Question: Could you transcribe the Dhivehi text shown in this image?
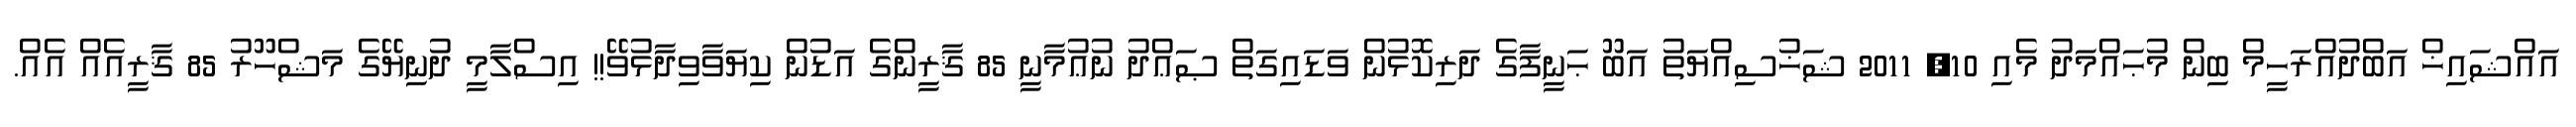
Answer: އައްޝައިޚް އަބްދުއްރަހީމް ބިން މުޙައްމަދު މެއި 10, 2011 ޝަޚުސިއްޔަތު އަބޫ ޙަނީފާގެ ދަރިކޮޅުން ވަޑައިގަތް ޞަޢްދު ނުޢުމާނީ 85 ޤާރީންގެ އަޑުން ކިޔަވާވިދާޅުވޭ!! އިސްލާމީ ދުނިޔޭގެ މަޝްހޫރު 85 ޤާރީއެއް އެއް.